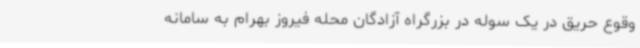
وقوع حریق در یک سوله در بزرگراه آزادگان محله فیروز بهرام به سامانه